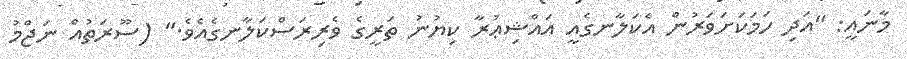
މާނައީ: "އަދި ހަމަކަށަވަރުން އެކަލާނގެއީ އައްޝިޢުރާ ކިޔުނު ތަރީގެ ވެރިރަސްކަލާނގެއެވެ." (ސޫރަތުއް ނަޖްމު